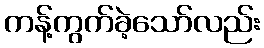
ကန့်ကွက်ခဲ့သော်လည်း